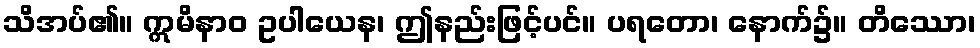
သိအပ်၏။ ဣမိနာဝ ဥပါယေန၊ ဤနည်းဖြင့်ပင်။ ပရတော၊ နောက်၌။ တိဿော၊